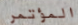
المؤتمر